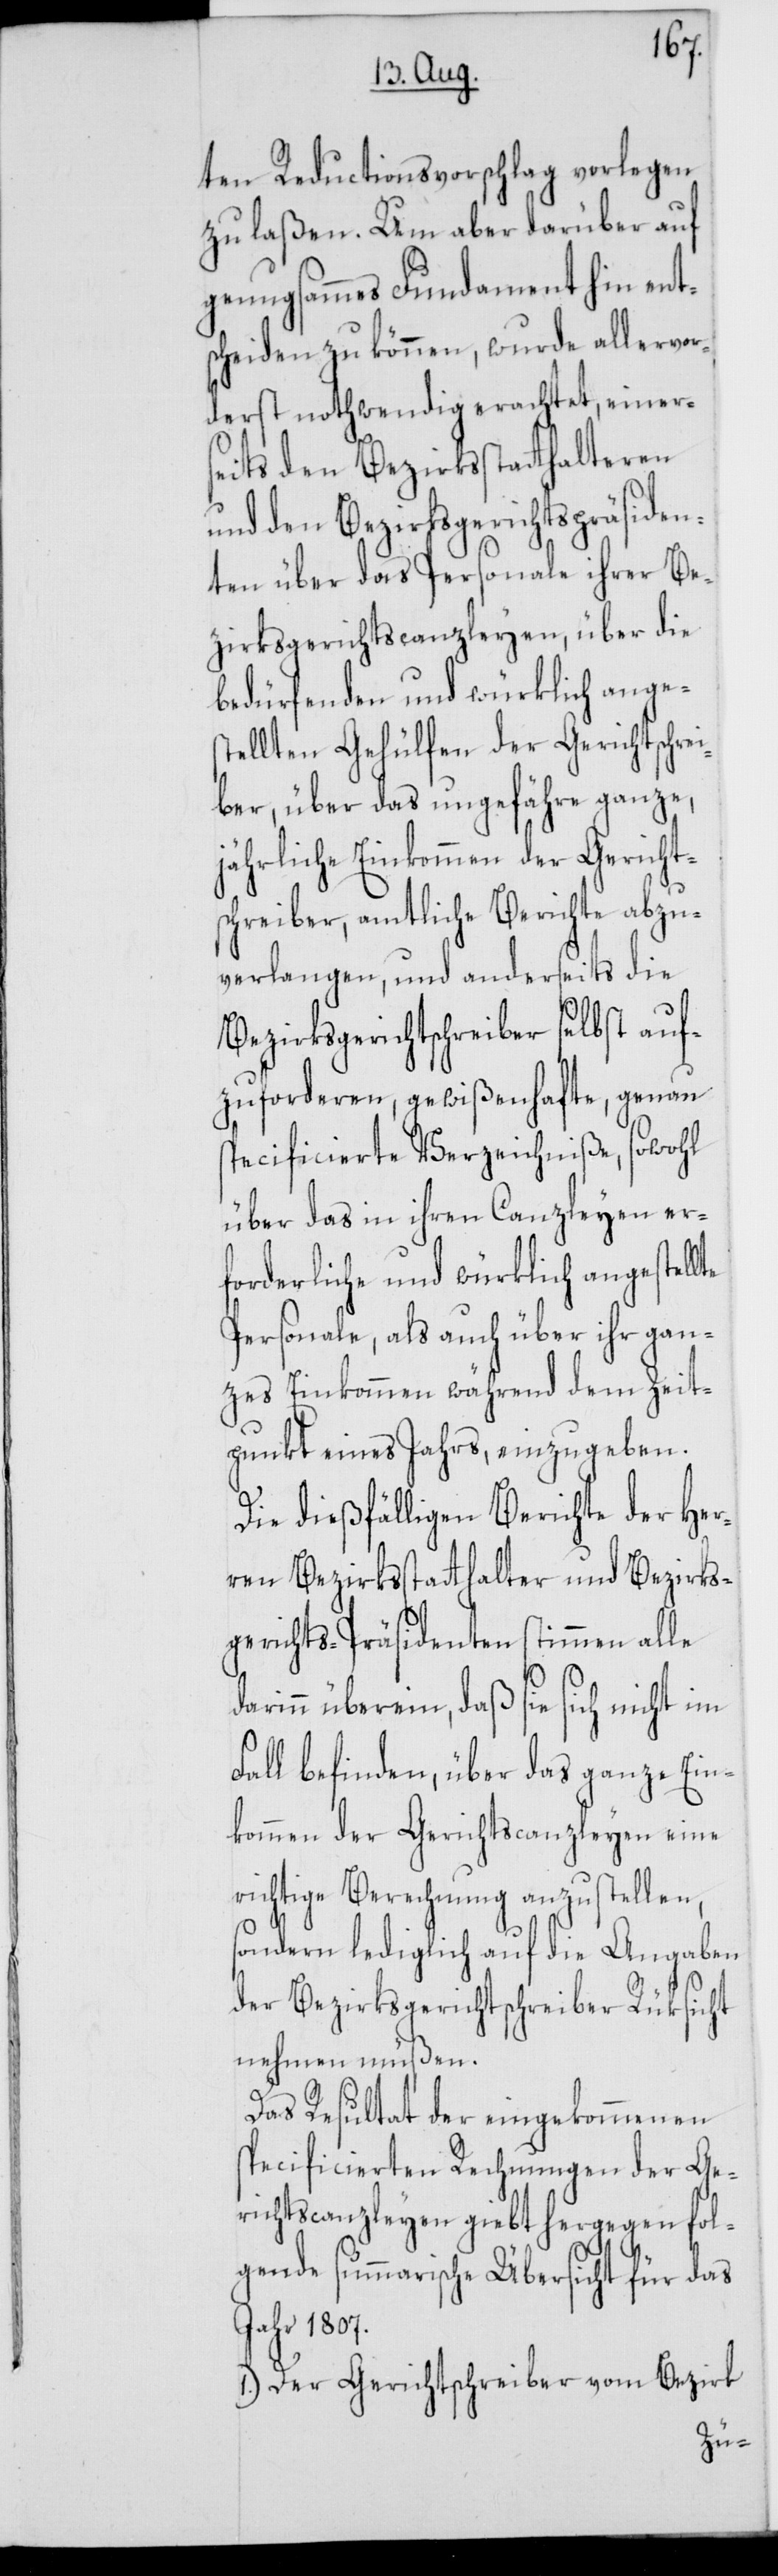
ten Reductionsvorschlag vorlegen
zu laßen. Um aber darüber auf
genugsammes Fundament hin ent¬
scheiden zu können, wurde allervor¬
derst nothwendig erachtet, einers¬
eits den Bezirksstatthalteren
und den Bezirksgerichtspräsiden¬
ten über das Personale ihrer Be¬
zirksgerichtscanzleyen, über die
bedürfenden und würklich anges¬
tellten Gehülfen der Gerichtschre¬
iber, über das ungefähre ganze,
jährliche Einkommen der Gericht¬
schreiber, amtliche Berichte abzu¬
verlangen, und anderseits die
Bezirksgerichtschreiber selbst auf¬
zuforderen, gewißenhafte, genau
specificierte Verzeichniße, sowohl
über das in ihren Canzleyen er¬
forderliche und würklich angestellte
Personale, als auch über ihr gan¬
zes Einkommen während dem Zeit¬
punkt eines Jahrs, einzugeben.
Die dießfälligen Berichte der Her¬
ren Bezirksstatthalter und Bezirks¬
gerichts-Präsidenten stimmen alle
darinn überein, daß sie sich nicht im
Fall befinden, über das ganze Ein¬
kommen der Gerichtscanzleyen eine
richtige Berechnung anzustellen,
sondern lediglich auf die Angaben
der Bezirksgerichtschreiber Rüksicht
nehmen müßen.
Das Resultat der eingekommenen
specificierten Rechnungen der Ge¬
richtscanzleyen giebt hergegen fol¬
gende summarische Übersicht für das
Jahr 1807:
1.) Der Gerichtschreiber vom Bezirk